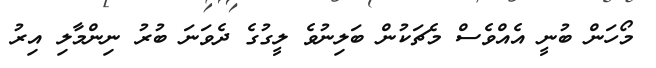
މޯހަން ބުނީ އެއްވެސް މެޗަކުން ބަލިނުވެ ލީގުގެ ދެވަނަ ބުރު ނިންމާލި އިރު